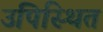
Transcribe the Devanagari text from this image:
उपिस्‍थित